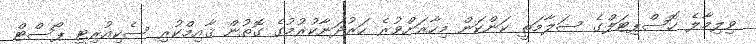
ވިލިމާލެ ހޮސްޕިޓަލްގެ ސަލާމަތީ ކަންކަން މިހާރަށްވުރެ ހަރުދަނާކުރުމުގެ ގޮތުން ޤާއިމްކުރި ސެކިއުރިޓީ ޕޯސްޓް